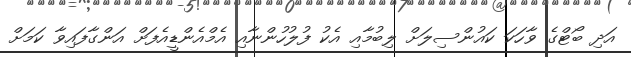
އަދި ބޯޓްގެ ވާހަކަ ކައުންސިލަށް ލިބުމާއި އެކު ފުލުހުންނާއި އެމްއެންޑީއެފަށް އަންގާފައިވާ ކަމަށް